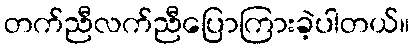
တက်ညီလက်ညီပြောကြားခဲ့ပါတယ်။